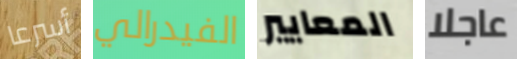
أسرعا الفيدرالي المعايير عاجلا